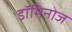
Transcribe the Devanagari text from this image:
डॉमिनोज